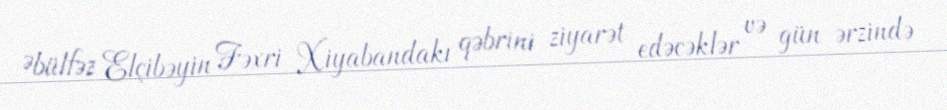
Əbülfəz Elçibəyin Fəxri Xiyabandakı qəbrini ziyarət edəcəklər və gün ərzində